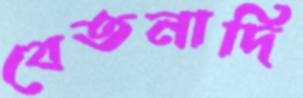
বেতনাদি